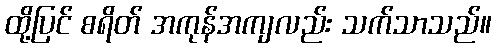
ထို့ပြင် စရိတ် အကုန်အကျလည်း သက်သာသည်။